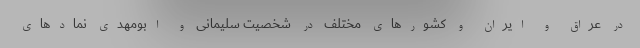
در عراق و ایران و کشور‌های مختلف در شخصیت سلیمانی و ابومهدی نماد‌های